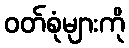
ဝတ်စုံများကို